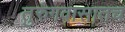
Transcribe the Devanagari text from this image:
तुरुंगवासातच